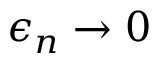
\epsilon _ { n } \rightarrow 0